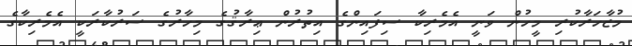
މުޒާހަރާކުރި މީހުން ވަނީ އެމެރިކާ ސިފައިންގެ އިތުރުން ޢިރާޤުގެ މިހާރުގެ ސަރުކާރަކީ އެމެރިކާގެ